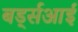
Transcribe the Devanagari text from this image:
बर्ड्सआई